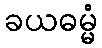
ခယဓမ္မံ